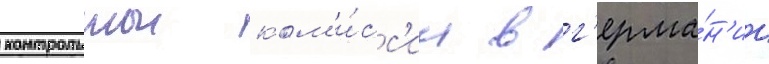
контрольнои ком'и́сс'ии в г'ерма́н'ии